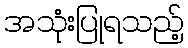
အသုံးပြုရသည့်